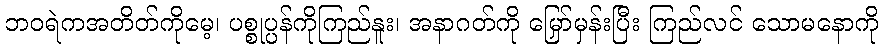
ဘဝရဲကအတိတ်ကိုမေ့၊ ပစ္စုပ္ပန်ကိုကြည်နူး၊ အနာဂတ်ကို မြှော်မှန်းပြီး ကြည်လင် သောမနောကို